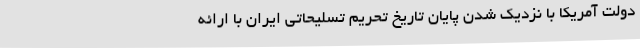
دولت آمریکا با نزدیک شدن پایان تاریخ تحریم تسلیحاتی ایران با ارائه